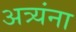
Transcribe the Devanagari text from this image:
अत्र्यंना